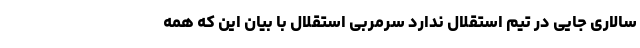
سالاری جایی در تیم استقلال ندارد سرمربی استقلال با بیان این که همه